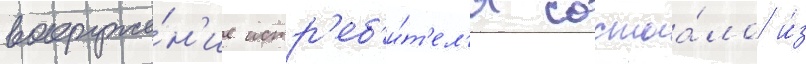
вооруже́н'ие истр'еб'и́т'ел'я состоа́ло и́з